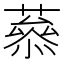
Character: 𦼒